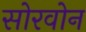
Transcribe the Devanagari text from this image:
सोरवोन